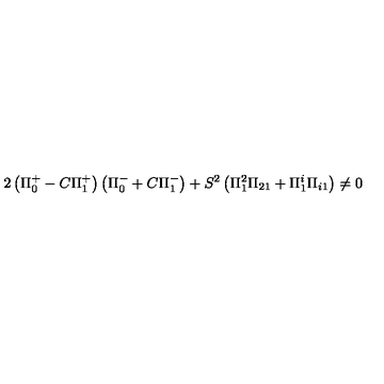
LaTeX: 2 \left( \Pi _ { 0 } ^ { + } - C \Pi _ { 1 } ^ { + } \right) \left( \Pi _ { 0 } ^ { - } + C \Pi _ { 1 } ^ { - } \right) + S ^ { 2 } \left( \Pi _ { 1 } ^ { 2 } \Pi _ { 2 1 } + \Pi _ { 1 } ^ { i } \Pi _ { i 1 } \right) \neq 0